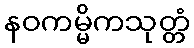
နဝကမ္မိကသုတ္တံ